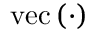
\mathrm { v e c } \left( { \cdot } \right)